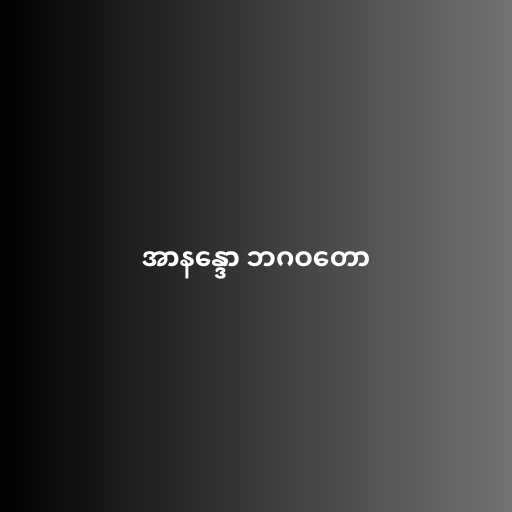
အာနန္ဒော ဘဂဝတော